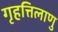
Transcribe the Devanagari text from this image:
गृहत्तिलाणु